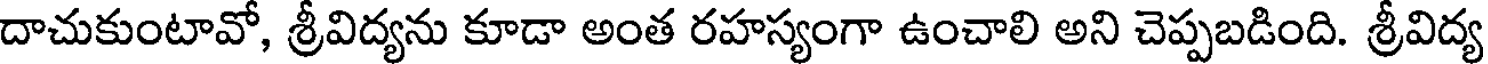
దాచుకుంటావో, శ్రీవిద్యను కూడా అంత రహస్యంగా ఉంచాలి అని చెప్పబడింది. శ్రీవిద్య